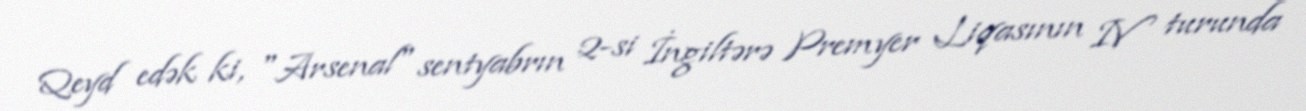
Qeyd edək ki, "Arsenal" sentyabrın 2-si İngiltərə Premyer Liqasının IV turunda